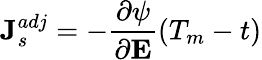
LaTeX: \textbf{J}_{s}^{adj}=-\frac{\partial\psi}{\partial\textbf{E}}(T_{m}-t)